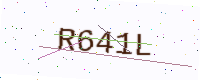
Text: R641L